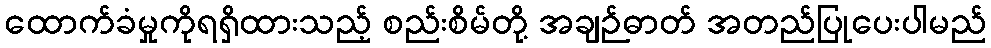
ထောက်ခံမှုကိုရရှိထားသည့် စည်းစိမ်တို့ အချဉ်ဓာတ် အတည်ပြုပေးပါမည်